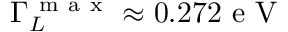
\Gamma _ { L } ^ { \mathrm { ~ m ~ a ~ x ~ } } \approx 0 . 2 7 2 \mathrm { ~ e ~ V ~ }